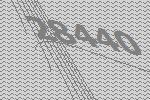
28440